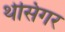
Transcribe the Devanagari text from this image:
थेसिगर